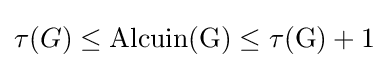
\tau (G)\leq {\rm {{Alcuin}(G)\leq \tau (G)+1}}